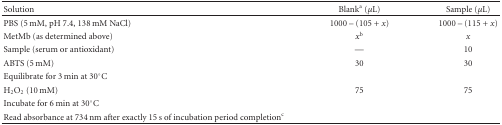
| Solution | Blanka (μL) | Sample (μL) |
 | --- | --- | --- |
 | PBS (5 mM, pH 7.4, 138 mM NaCl) | 1000 – (105 + x) | 1000 – (115 + x) |
 | MetMb (as determined above) | xb | x |
 | Sample (serum or antioxidant) | — | 10 |
 | ABTS (5 mM) | 30 | 30 |
 | Equilibrate for 3 min at 30°C |
 | H2O2 (10 mM) | 75 | 75 |
 | Incubate for 6 min at 30°C |
 | Read absorbance at 734 nm after exactly 15 s of incubation period completionc |